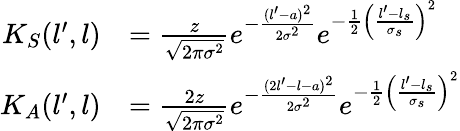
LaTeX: \begin{array}{rl}{K_{S}(l^{\prime},l)}&{=\frac{z}{\sqrt{2\pi\sigma^{2}}}e^{-\frac{(l^{\prime}-a)^{2}}{2\sigma^{2}}}e^{-\frac{1}{2}\left(\frac{l^{\prime}-l_{s}}{\sigma_{s}}\right)^{2}}}\\ {K_{A}(l^{\prime},l)}&{=\frac{2z}{\sqrt{2\pi\sigma^{2}}}e^{-\frac{(2l^{\prime}-l-a)^{2}}{2\sigma^{2}}}e^{-\frac{1}{2}\left(\frac{l^{\prime}-l_{s}}{\sigma_{s}}\right)^{2}}}\end{array}